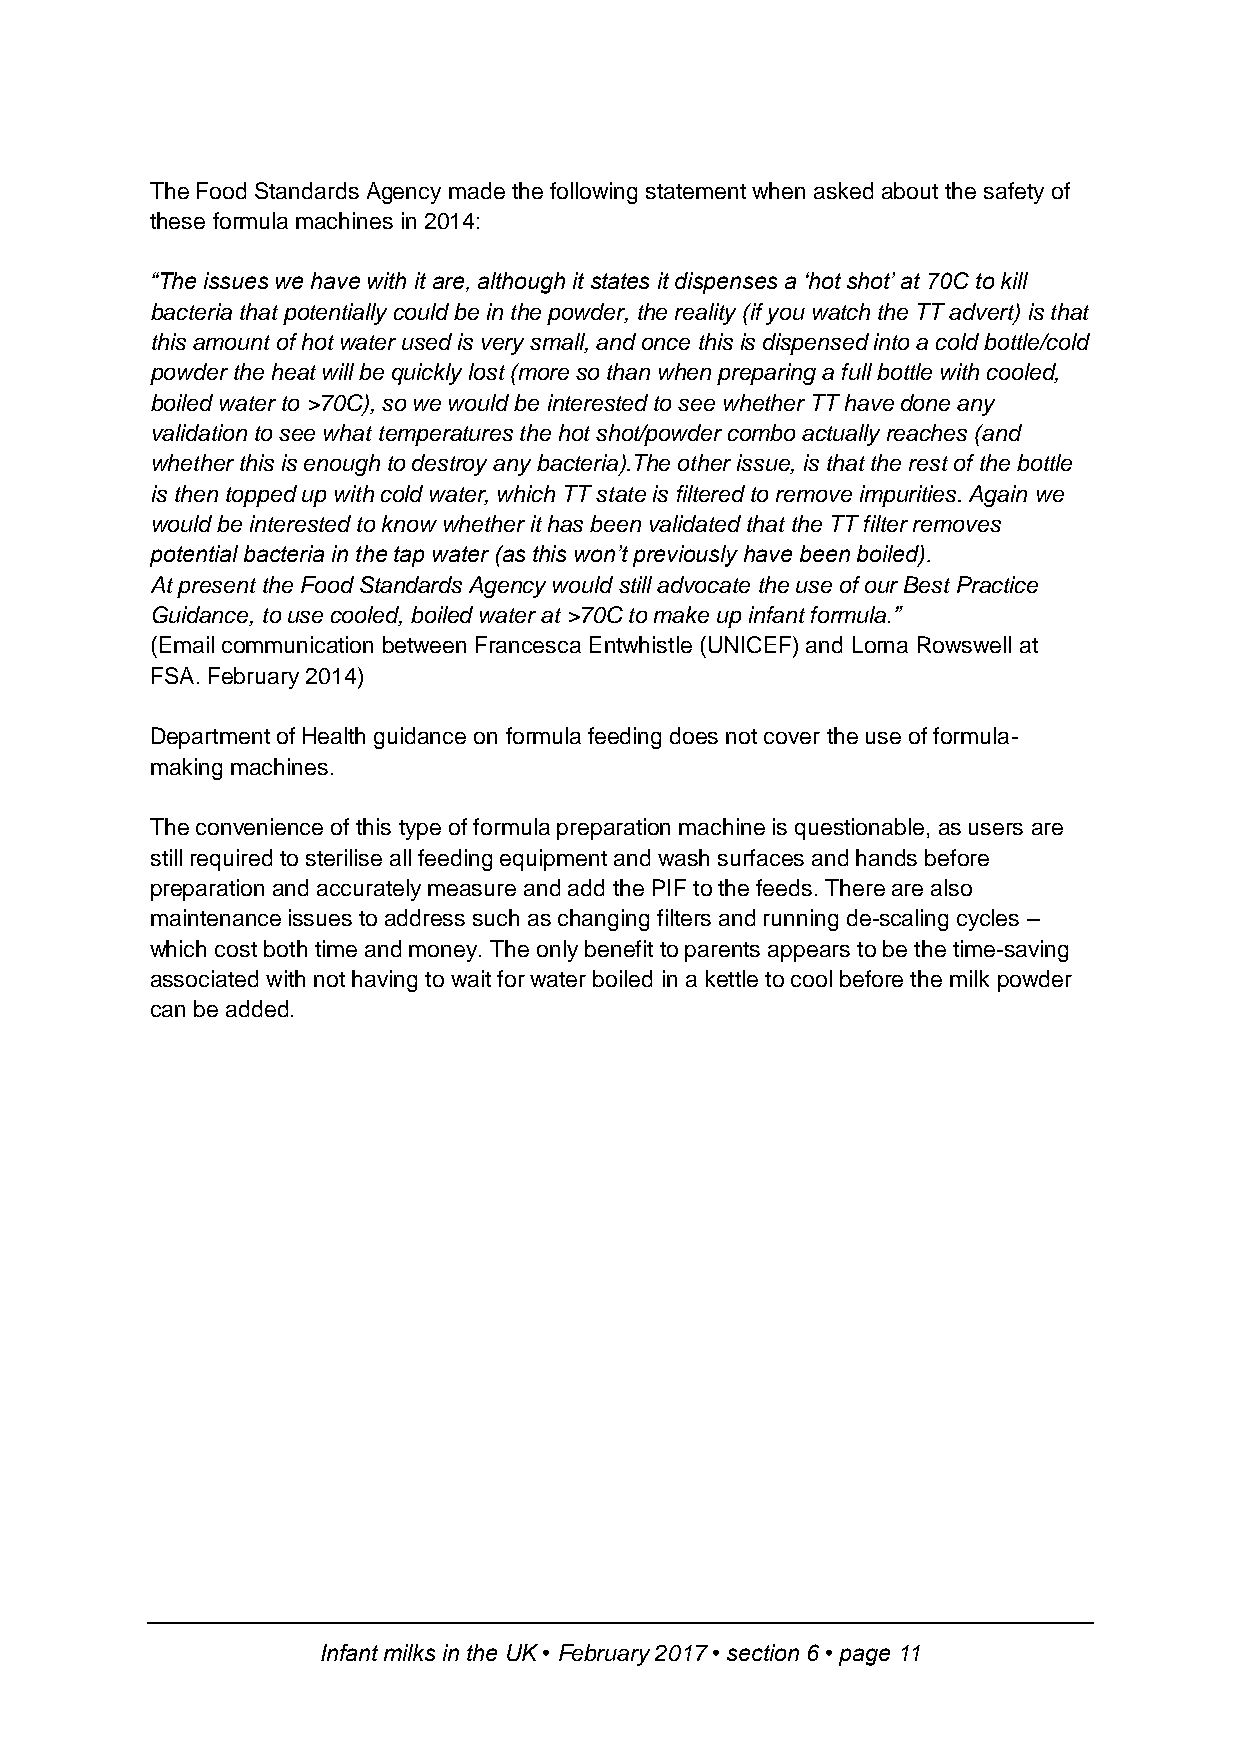
The Food Standards Agency made the following statement when asked about the safety of
 these formula machines in 2014:
 “The issues we have with it are, although it states it dispenses a ‘hot shot’ at 70C to kill
 bacteria that potentially could be in the powder, the reality (if you watch the TT advert) is that
 this amount of hot water used is very small, and once this is dispensed into a cold bottle/cold
 powder the heat will be quickly lost (more so than when preparing a full bottle with cooled,
 boiled water to >70C), so we would be interested to see whether TT have done any
 validation to see what temperatures the hot shot/powder combo actually reaches (and
 whether this is enough to destroy any bacteria).The other issue, is that the rest of the bottle
 is then topped up with cold water, which TT state is filtered to remove impurities. Again we
 would be interested to know whether it has been validated that the TT filter removes
 potential bacteria in the tap water (as this won’t previously have been boiled).
 At present the Food Standards Agency would still advocate the use of our Best Practice
 Guidance, to use cooled, boiled water at >70C to make up infant formula.”
 (Email communication between Francesca Entwhistle (UNICEF) and Lorna Rowswell at
 FSA. February 2014)
 Department of Health guidance on formula feeding does not cover the use of formula-
 making machines.
 The convenience of this type of formula preparation machine is questionable, as users are
 still required to sterilise all feeding equipment and wash surfaces and hands before
 preparation and accurately measure and add the PIF to the feeds. There are also
 maintenance issues to address such as changing filters and running de-scaling cycles –
 which cost both time and money. The only benefit to parents appears to be the time-saving
 associated with not having to wait for water boiled in a kettle to cool before the milk powder
 can be added.
 Infant milks in the UK • February 2017 • section 6 • page 11